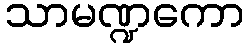
သာမဏ္ဍကော